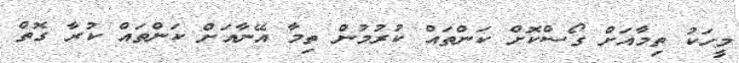
މީހަކު ތިމާއަށް ގޯސްކޮށް ކަންތައް ކުރުމުން ތިމާ އޭނާއަށް ކަންތައް ކުރާ ގޮތް